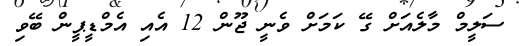
ސަލީމް މާލެއަށް ގޭ ކަމަށް ވެނީ ޖޫން 12 އެއި އެމްޑީޕީން ބޭވި